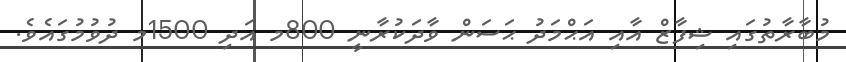
މުބާރާތުގައި ޝިފާޒް އާއި އަޙްމަދު ޙަސަން ވާދަކުރާނީ 800މ އަދި 1500މ ދުވުމުގައެވެ.